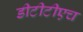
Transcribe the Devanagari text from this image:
डीटीटीएच